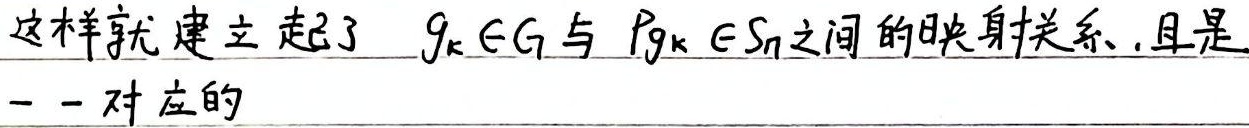
这样就建立起了 \(g_k \in G\) 与 \(Pg_k \in S_n\)之间的映射关系，且是一一对应的